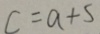
c = a + 5